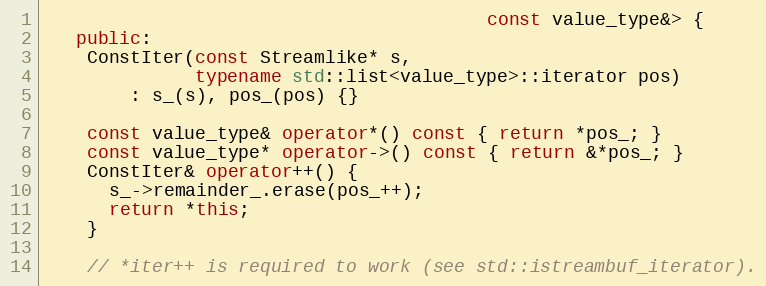
Language: C++
                                         const value_type&> {
   public:
    ConstIter(const Streamlike* s,
              typename std::list<value_type>::iterator pos)
        : s_(s), pos_(pos) {}

    const value_type& operator*() const { return *pos_; }
    const value_type* operator->() const { return &*pos_; }
    ConstIter& operator++() {
      s_->remainder_.erase(pos_++);
      return *this;
    }

    // *iter++ is required to work (see std::istreambuf_iterator).